Laimjala_vallavalitsus, lk 6
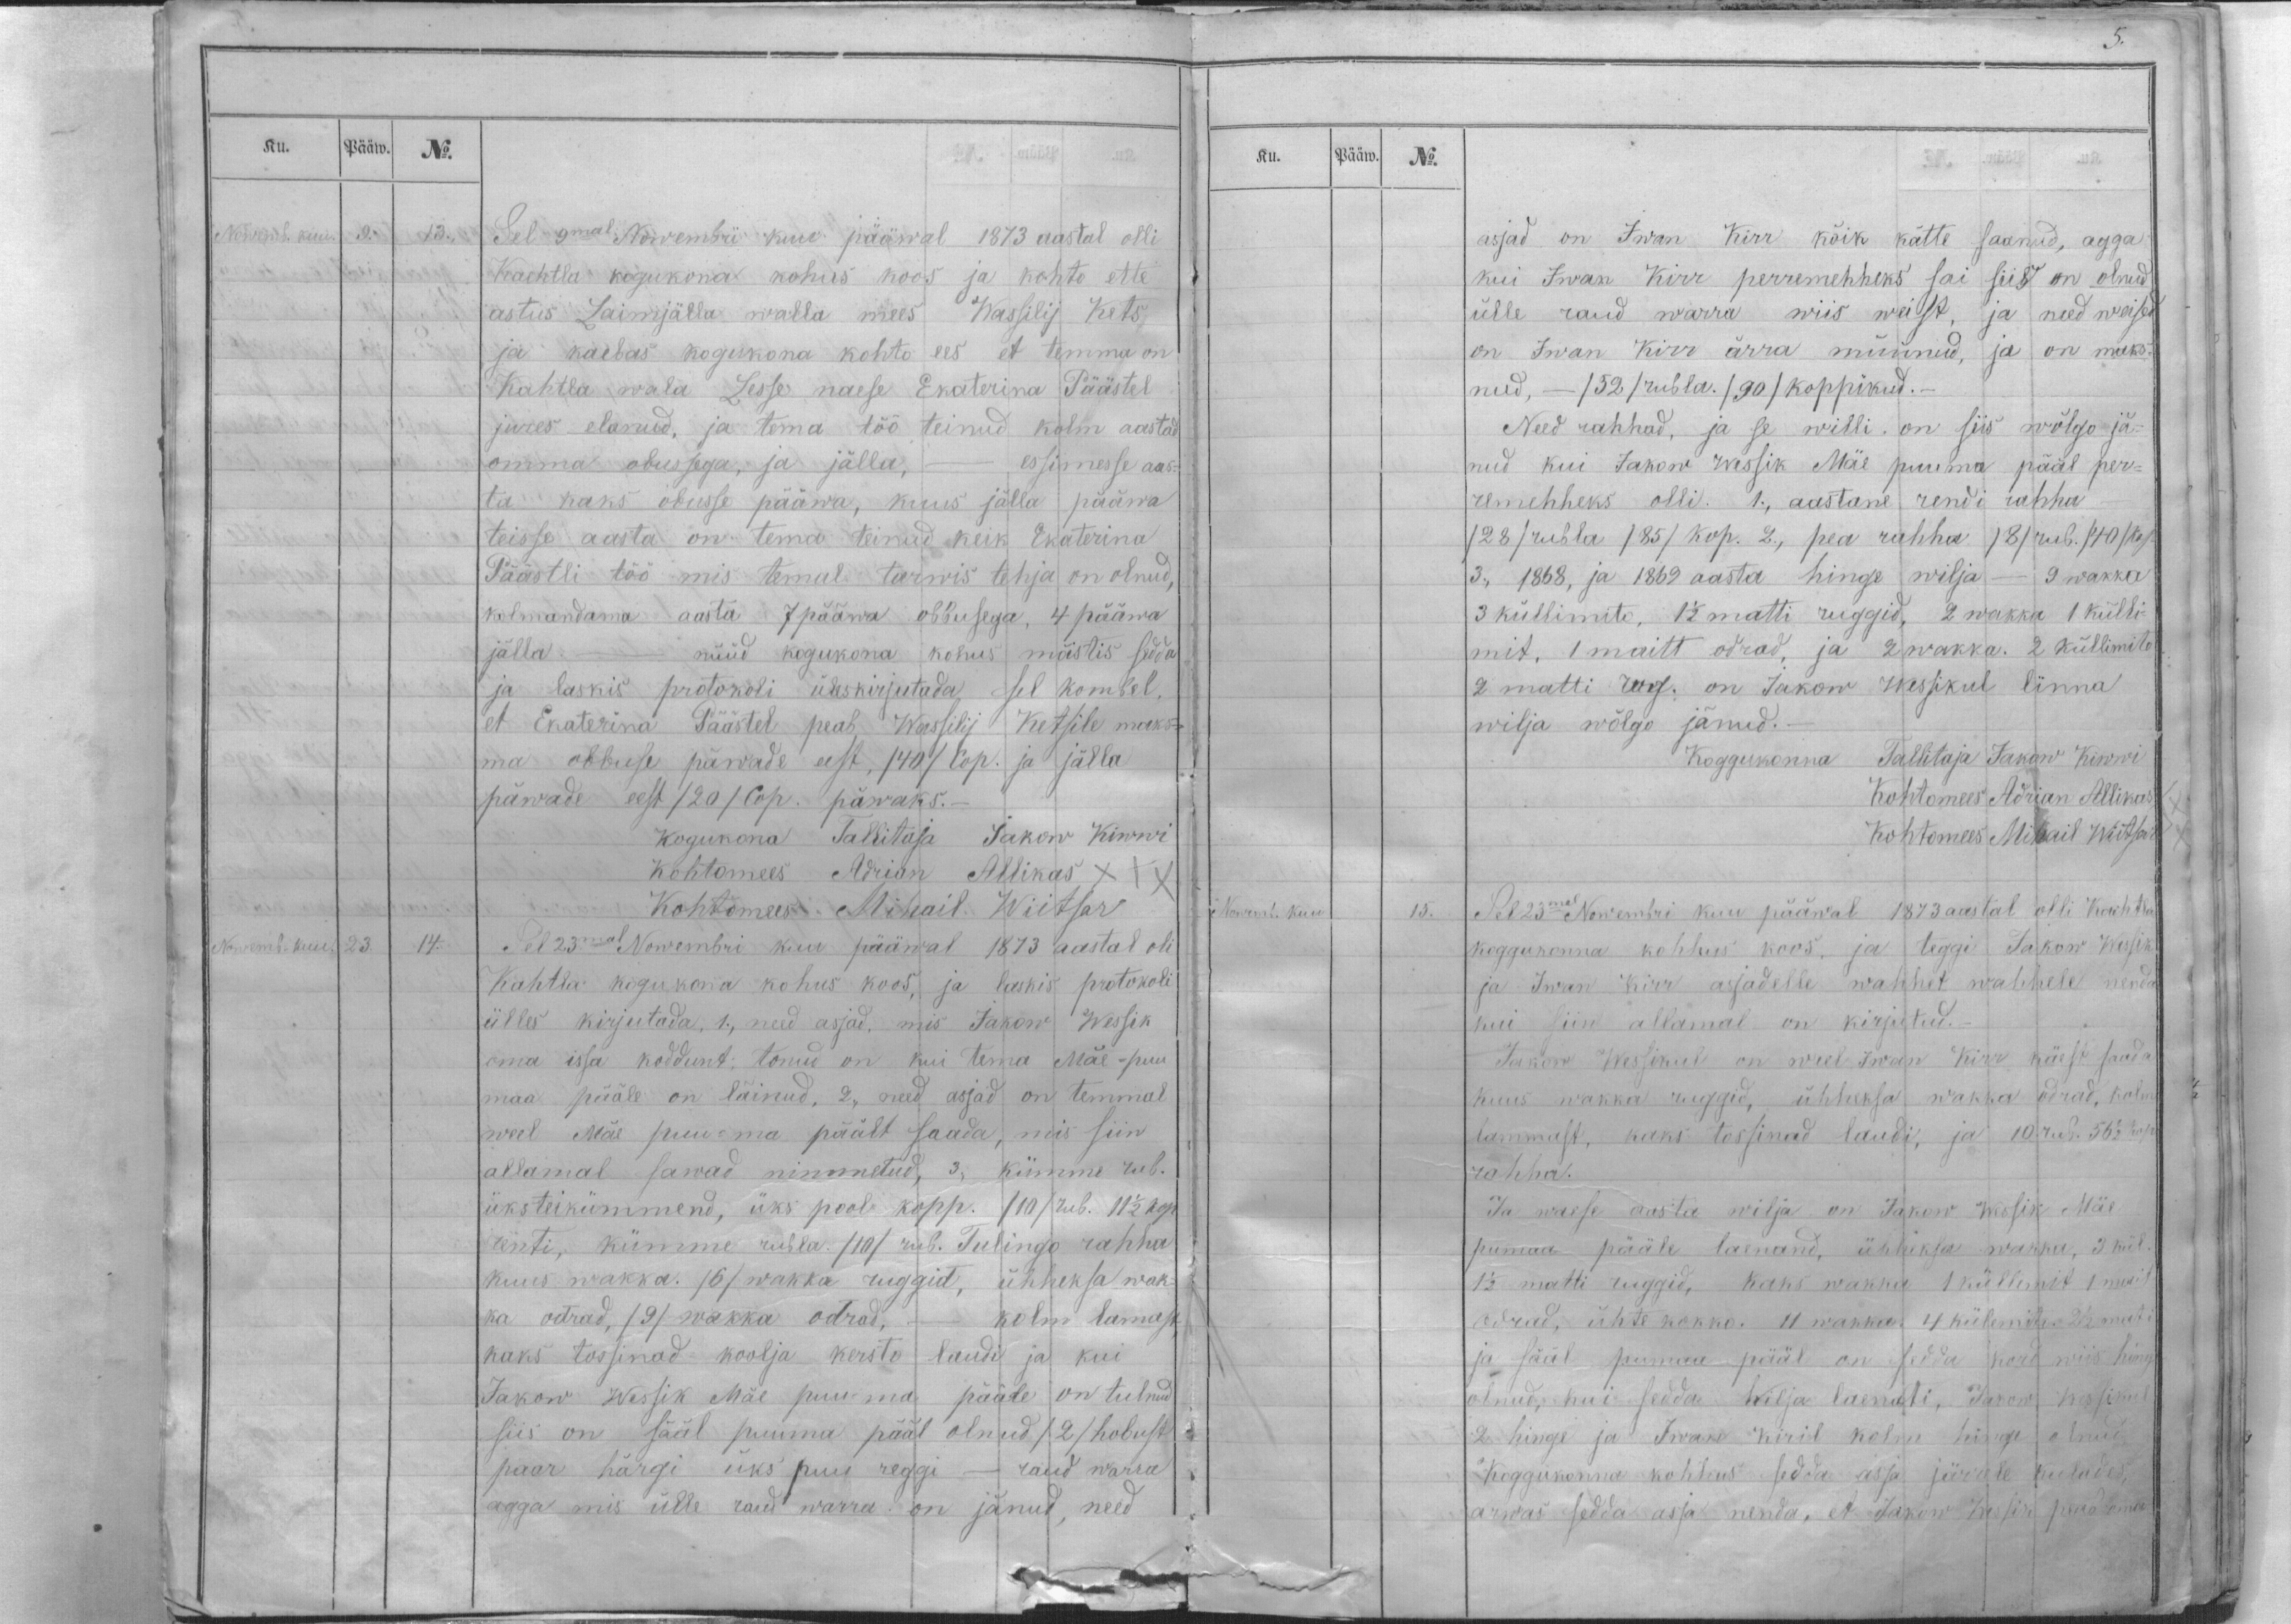
Ku.
Pääw.
No.
Nowemb. kuu.
9.
13.
Sel 9mal Nowembri kuu pääwal 1873 aastal olli
Kachtla kogukona kohus koos ja kohto ette
astus Laimjälla walla mees Wassilij Kets
ja kaebas kogukona kohto ees et temma on
Kahtla wala Lesse naese Ekaterina Päästel
jures elanud, ja tema töö teinud kolm aastad
omma obussega, ja jälla, - , essimesse aas-
ta kaks obusse pääwa, kuus jälla pääwa
teisse aasta on tema teinud keik Ekaterina
Päästli töö mis temal tarwis tehja on olnud,
kolmandama aasta 7 pääwa obbusega, 4 päewa
jälla - nüüd kogukona kohus mõistis sedda
ja laskis protokoli üleskirjutada, sel kombel,
et Ekaterina Päästel peab Wassilij Ketsile maks-
ma obbuse päwade eest, /40/ Cop. ja jälla
päwade eest /20/ Cop. päwaks.-
Kogukona Tallitaja Jakow Kiwwi
Kohtomees Adrian Allikas XXX
Kohtomees Mihail Wiitsar
Nowemb. kuu.
23.
14.
Sel 23mal Nowembri kuu pääwal 1873 aastal oli
Kahtla kogukona kohus koos, ja laskis protokoli
ülles kirjutada, 1., need asjad, mis Jakow Wessik
oma issa koddunt; tonud on kui tema Mäe - puu
maa pääle on läinud, 2., need asjad on temmal
weel Mäe puu-ma päält saada, mis siin
allamal sawad nimmetud, 3., kümme rub.
üksteikümmend, üks pool kopp. /10/ rub. 11 1/2 kop.
renti, kümme rubla. /10/ rub. Tulingo rahha
kuus wakka. /6/wakka ruggid, ühheksa wak-
ka odrad, /9/ wakka odrad, - kolm lamast
kaks tossinad koolja kersto laudi ja kui
Jakow Wessik Mäe puu-ma pääle on tulnud
siis on sääl puuma pääl olnud /2/ hobust
paar härgi üks puu reggi - raud warra
agga mis ülle raud warra on jänud, need

Ku.
Pääw.
No.
asjad on Iwan Kirr kõik kätte saanud, agga
kui Iwan Kirr perremehheks sai siis on olnud
ülle raud warra wiis weist, ja need weised
on Iwan Kirr ärra müünud, ja on maks-
nud, - /52/ rubla. /90/ koppikud._
Need rahhad, ja se willi on siis wõlgo jä-
nud kui Jakow Wessik Mäe puu ma pääl per-
remehheks olli. 1., aastane rendi rahha
/28/ rubla /85/ kop. 2., pea rahha /8/ rub. /40/kop.
3., 1868, ja 1869 aasta hinge wilja - 9 wakka
3 küllimito, 1 1/2 matti ruggid, 2 wakka 1 külli-
mit, 1 maitt odrad, ja 2 wakka. 2 küllimito
2 matti rug. on Jakow Wessikul linna
wilja wõlgo jänud.-
Koggukonna Tallitaja Jakow Kiwwi
Kohtomees Adrian Allikas
Kohtomees Mihail Wiitsar
Nowemb. kuu
15.
Sel 23mal Nowembri kuu pääwal 1873 aastal olli Kachtla
koggukonna kohhus koos, ja teggi Jakow Wessik
ja Iwan Kirr asjadelle wahhet wahhele nenda
kui siin allamal on kirjutud._
Jakow Wessikul on weel Iwan Kirr käest saada
kuus wakka ruggid, ühheksa wakha odrad, kolm
lammast, kaks tossinad laudi, ja 10 rub. 56 1/2 kop.
rahha.
Ja waese aasta wilja on Jakow Assik Mäe
pumaa pääle laenand, ühheksa wakka, 3 kül.
1 1/2 matti ruggid, kaks wakka 1 küllimit 1 mait
odrad, ühte kokko. 11 wakka, 4 külemito. 2 1/2 mati
ja sääl pumaa pääl on sedda kord wiis hinge
olnud, kui sedda Wilja laenati, Jakow Wessikul
2 hinge ja Iwan Kiril kolm hinge olnud.
Koggukonna kohhus sedda asja järrele kulades,
arwas sedda asja nenda, et Jakow Wessik peab oma